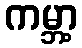
ကမ္ဘာ့